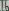
Text: 16